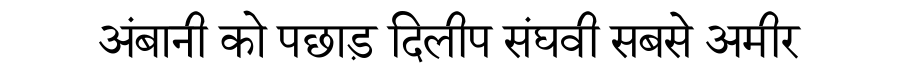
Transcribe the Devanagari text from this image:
अंबानी को पछाड़ दिलीप संघवी सबसे अमीर